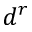
d ^ { r }